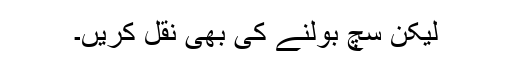
لیکن سچ بولنے کی بھی نقل کریں۔